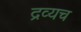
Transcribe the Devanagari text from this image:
द्रव्यच